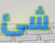
شئ